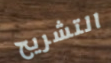
التشريح